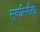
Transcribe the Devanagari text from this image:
सुवासिनीला